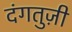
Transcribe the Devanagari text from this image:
दंगतुज़ी